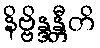
နိဗ္ဗိန္ဒန္တီတိ